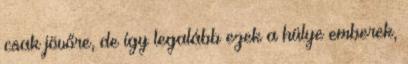
csak jövőre, de így legalább ezek a hülye emberek,